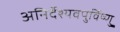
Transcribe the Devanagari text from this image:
अनिर्देश्यवपुर्विष्णु